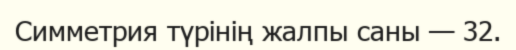
Симметрия түрінің жалпы саны — 32.